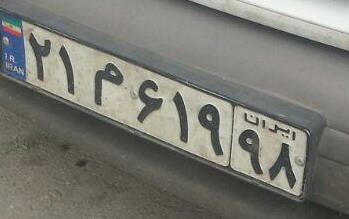
۲۱م۶۱۹۹۸